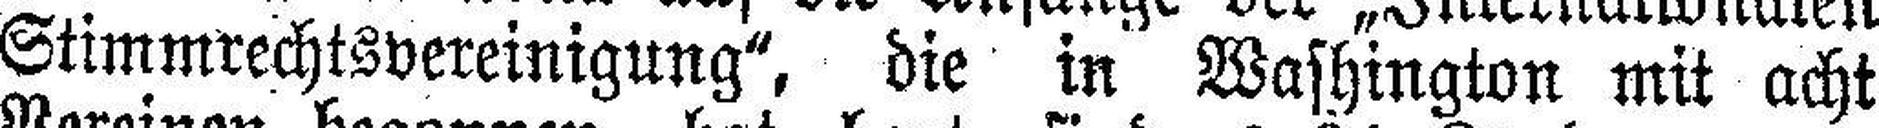
Stimmrechtsvereinigung“, die in Washington mit acht